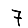
Digit: 7